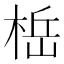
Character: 𬃆